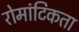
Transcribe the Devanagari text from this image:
रोमांटिकता